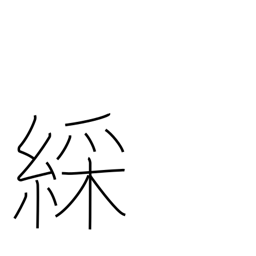
Meaning: colorful